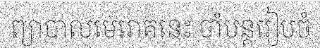
ព្យាបាលមេរោគនេះ ចាំបន្តរៀបចំ